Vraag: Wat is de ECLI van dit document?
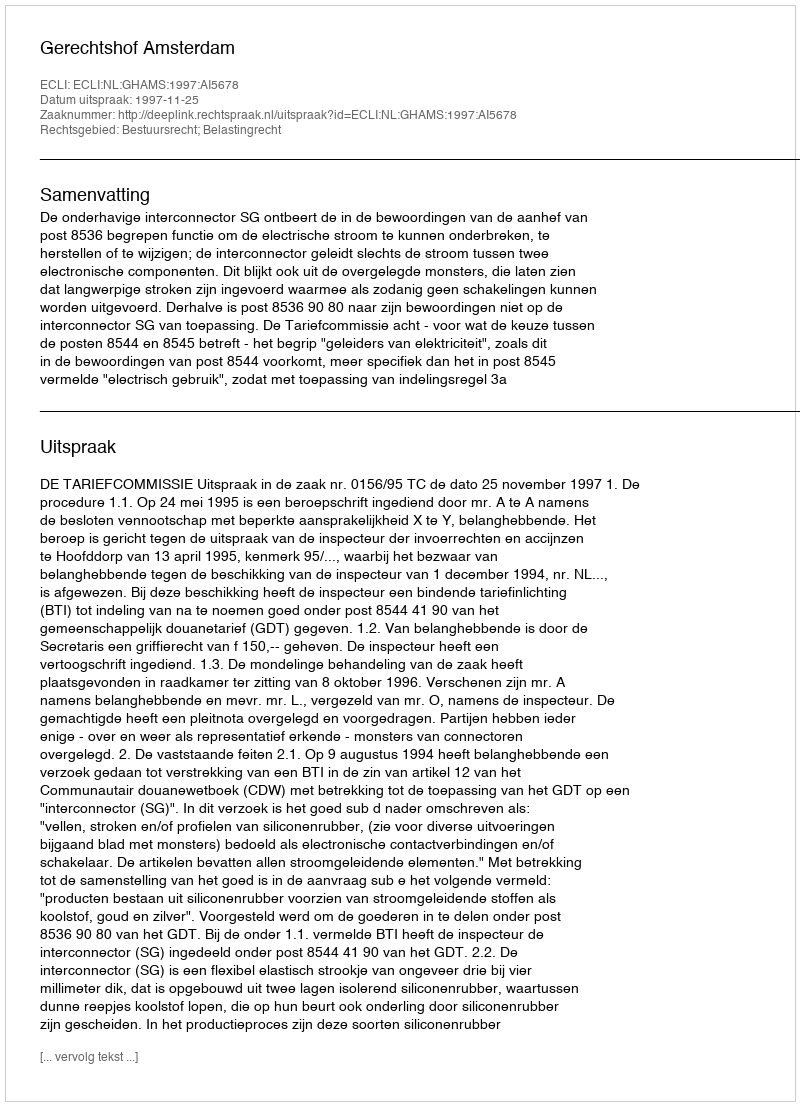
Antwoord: ECLI:NL:GHAMS:1997:AI5678